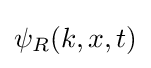
{\textstyle \psi _{R}(k,x,t)}